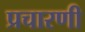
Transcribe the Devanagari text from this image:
प्रचारणी